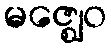
မဇ္ဈေဝ